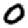
Digit: 0